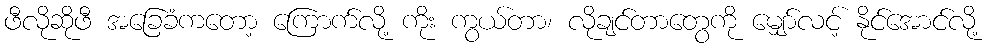
ဖီလိုဆိုဖီ အခြေခံကတော့ ကြောက်လို့ ကိုး ကွယ်တာ၊ လိုချင်တာတွေကို မျှော်လင့် နိုင်အောင်လို့